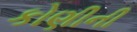
કોણીની